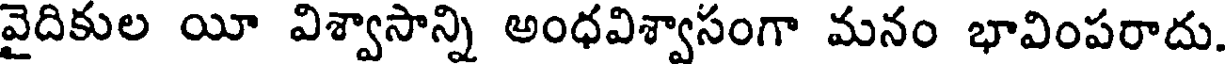
వైదికుల యీ విశ్వాసాన్ని అంధవిశ్వాసంగా మనం భావింపరాదు.